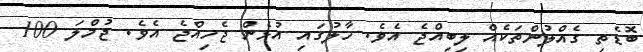
ބޮޑެތި ގެއްލުންތަކެއް ލިބިއްޖެ އެވެ. ހާލުގައި އުޅެން ޖެހިއްޖެ އެވެ. ޖުމްލަ 100